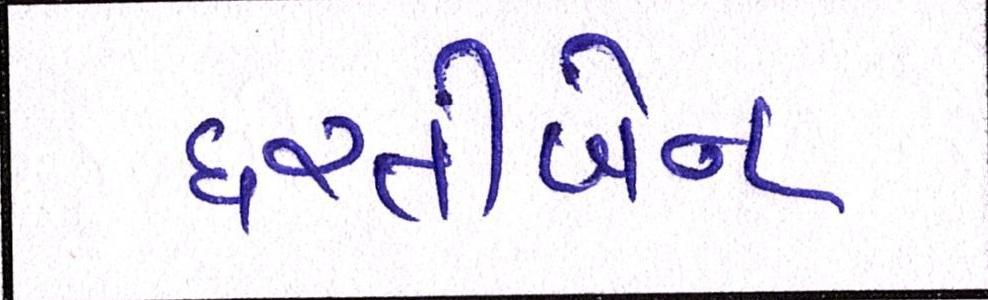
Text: ધરતીબેન